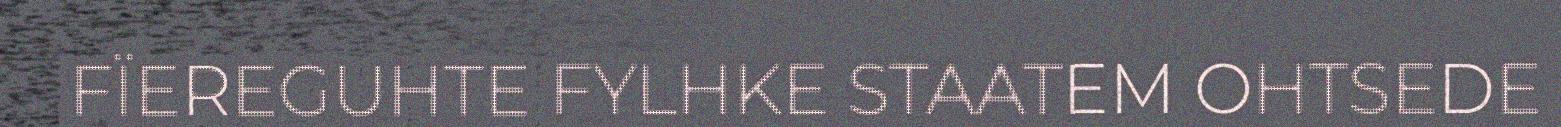
FÏEREGUHTE FYLHKE STAATEM OHTSEDE